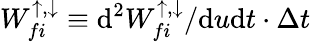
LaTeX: W_{fi}^{\uparrow,\downarrow}\equiv\mathrm{d^{2}}W_{fi}^{\uparrow,\downarrow}/\mathrm{d}u\mathrm{d}t\cdot\Delta t